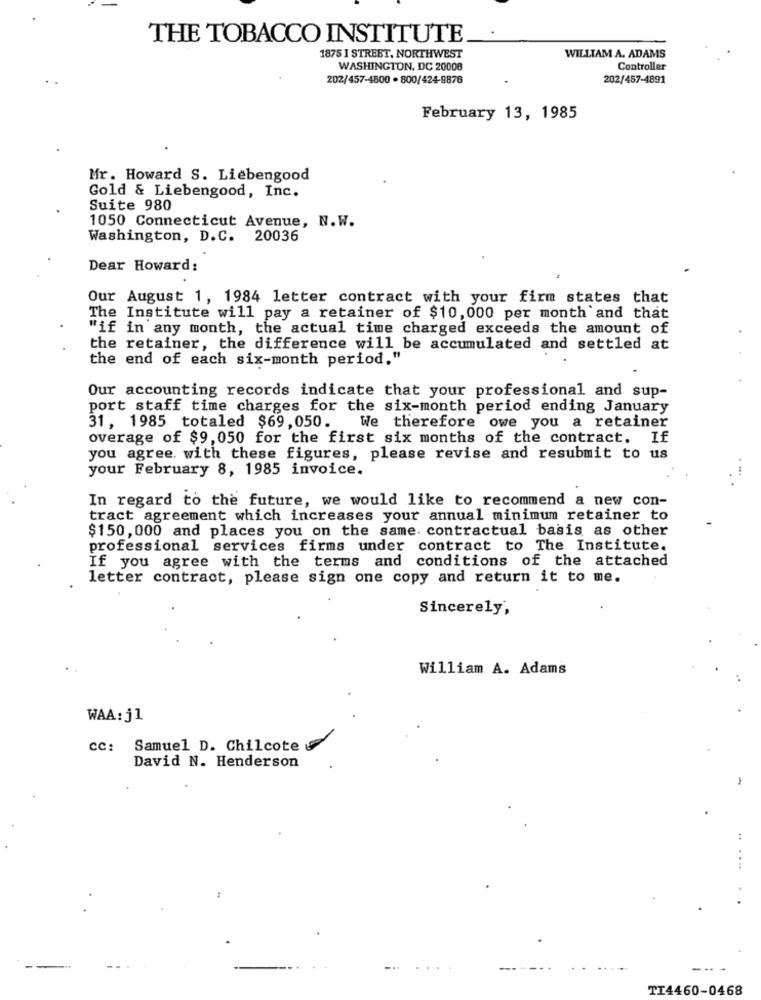
THE TOBACCO INSTITUTE.
1875 I STREET, NORTHWEST
WILLIAM A. ADAMS
WASHINGTON, DC 20008
Controller
202/457-4500 . 800/424-9876
202/457-4891
February 13, 1985
Mr. Howard S. Liebengood
Gold & Liebengood, Inc.
Suite 980
1050 Connecticut Avenue, N.W.
Washington, D.C. 20036
Dear Howard:
Our August 1, 1984 letter contract with your firm states that
The Institute will pay a retainer of $10, 000 per month and that
"if in any month, the actual time charged exceeds the amount of
the retainer, the difference will be accumulated and settled at
the end of each six-month period."
Our accounting records indicate that your professional and sup-
port staff time charges for the six-month period ending January
31, 1985 totaled $69,050.
We therefore owe you a retainer
overage of $9,050 for the first six months of the contract. If
you agree with these figures, please revise and resubmit to us
your February 8, 1985 invoice.
In regard to the future, we would like to recommend a new con-
tract agreement which increases your annual minimum retainer to
$150, 000 and places you on the same. contractual basis as other
professional services firms under contract to The Institute.
If you agree with the terms and conditions of the attached
letter contract, please sign one copy and return it to me.
Sincerely,
William A. Adams
WAA: j1
cc: Samuel D. Chilcote &
David N. Henderson
..
TI4460-0468